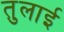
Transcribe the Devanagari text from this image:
तुलाई